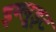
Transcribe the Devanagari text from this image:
इग्लूइट